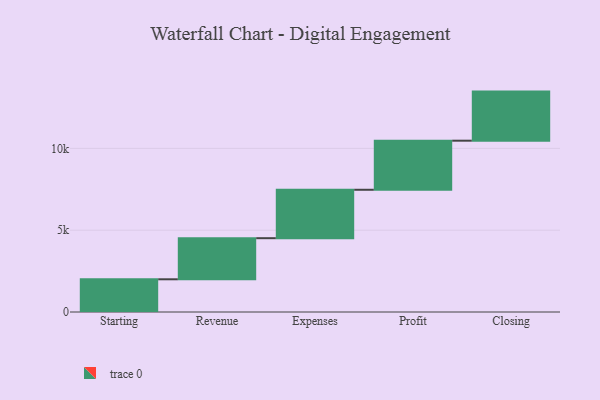
{"axis": {"x": "Step", "y": "Value"}, "legend": [""], "data": [{"x": "Starting", "y": 1999.0, "type": ""}, {"x": "Revenue", "y": 2512.0, "type": ""}, {"x": "Expenses", "y": 2959.0, "type": ""}, {"x": "Profit", "y": 3000, "type": ""}, {"x": "Closing", "y": 3000, "type": ""}]}